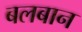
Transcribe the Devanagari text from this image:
बलबान